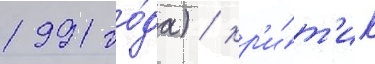
1991 го́да) / кр'и́т'ик